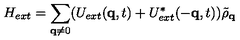
H _ { e x t } = \sum _ { { \bf { q } } \neq 0 } ( U _ { e x t } ( { \bf { q } } , t ) + U _ { e x t } ^ { * } ( - { \bf { q } } , t ) ) { \tilde { \rho } } _ { { \bf { q } } }